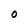
Character: O